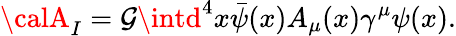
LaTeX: {\calA}_{I}=\mathcal{G}\intd^{4}x\bar{{\psi}}(x)A_{\mu}(x)\gamma^{\mu}\psi(x).